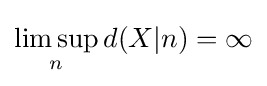
\limsup _{n}d(X|n)=\infty